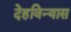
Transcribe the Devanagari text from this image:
देहविन्यास